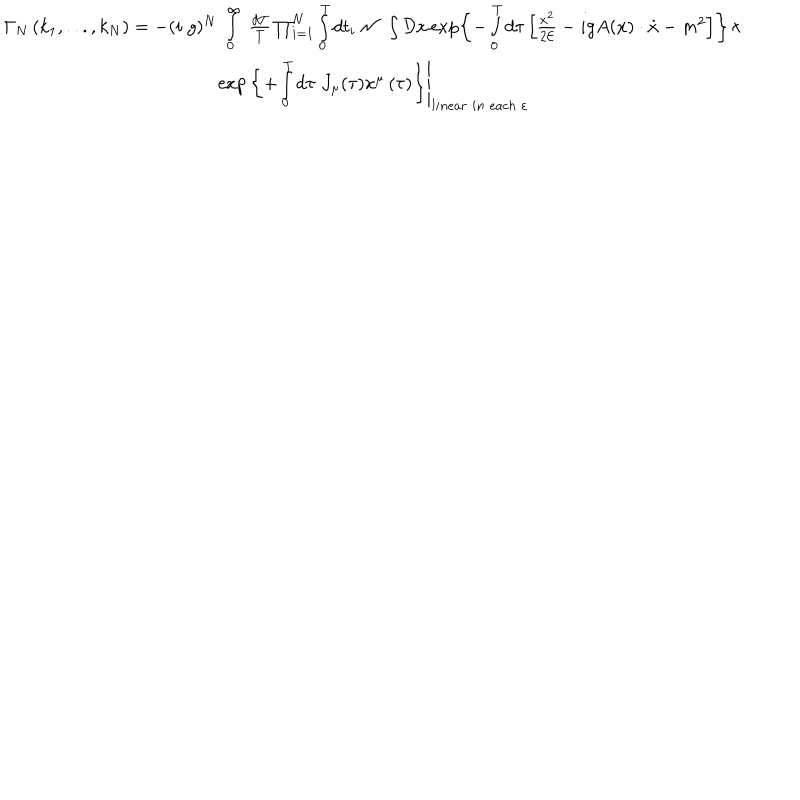
\begin{array} { c } { { \Gamma _ { N } \left( k _ { 1 } , . . . , k _ { N } \right) = - ( i \; g ) ^ { N } \; \int _ { 0 } ^ { \infty } \; \frac { d T } T \prod _ { i = 1 } ^ { N } \int _ { 0 } ^ { T } d t _ { i } \; { \cal N \; } \int { \cal D } x \exp \left\{ - \int _ { 0 } ^ { T } d \tau \left[ \frac { \dot { x } ^ { 2 } } { 2 { \cal E } } - i g A ( x ) \cdot \dot { x } - m ^ { 2 } \right] \right\} \times } } \\ { { \exp \left. \left\{ + \int _ { 0 } ^ { T } d \tau \; J _ { \mu } ( \tau ) x ^ { \mu } \left( \tau \right) \right\} \right| _ { l i n e a r \; i n \; e a c h \; \varepsilon } } } \\ \end{array}